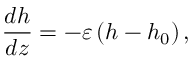
\frac { d h } { d z } = - \varepsilon \left( h - h _ { 0 } \right) ,